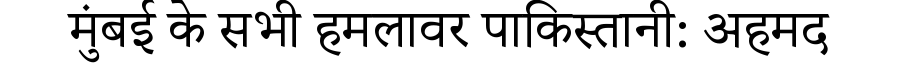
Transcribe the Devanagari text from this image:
मुंबई के सभी हमलावर पाकिस्तानी: अहमद